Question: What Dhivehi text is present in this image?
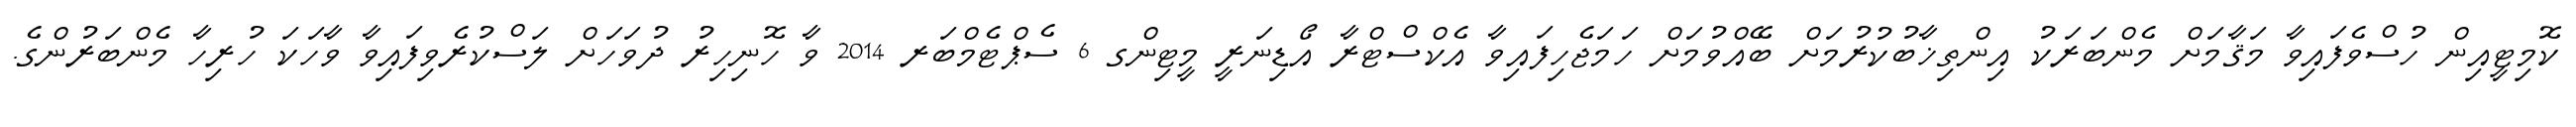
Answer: ކޮމިޓީއިން ހުސްވެފައިވާ މަޤާމަށް މެންބަރަކު އިންތިޚާބުކުރުމަށް ބޭއްވުމަށް ހަމަޖެހިފައިވާ އެކްސްޓްރާ އޯޑިނަރީ މީޓިންގ 6 ސެޕްޓެމްބަރ 2014 ވާ ހޮނިހިރު ދުވަހަށް ލަސްކުރެވިފައިވާ ވާހަކަ ހުރިހާ މެންބަރުންގެ.